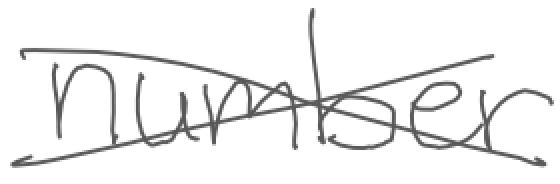
Text: number
Cross-out: cross
Writing tool: digital_gray